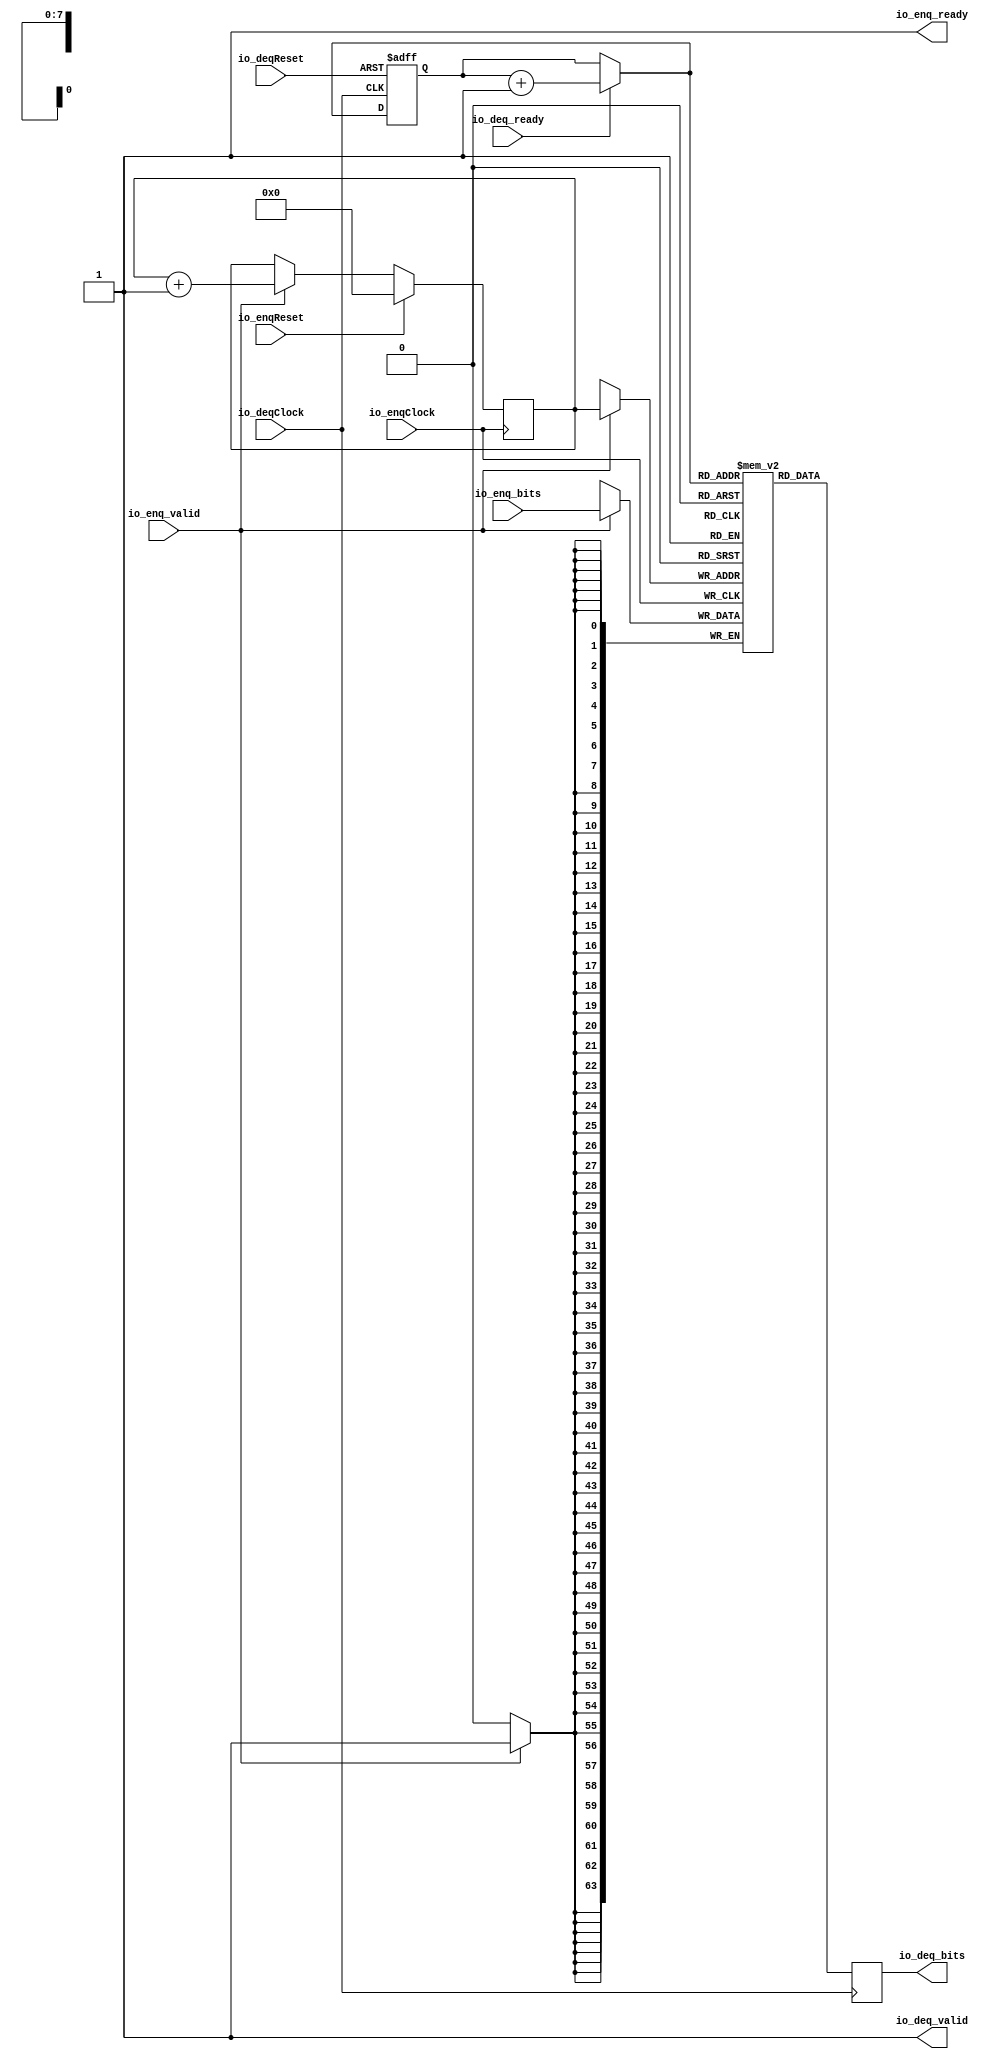
module UnsafeAsyncQueue_1(
  output        io_enq_ready,
  input         io_enq_valid,
  input  [63:0] io_enq_bits,
  input         io_deq_ready,
  output        io_deq_valid,
  output [63:0] io_deq_bits,
  input         io_enqClock,
  input         io_deqClock,
  input         io_enqReset,
  input         io_deqReset
);
`ifdef RANDOMIZE_REG_INIT
  reg [63:0] _RAND_0;
`endif // RANDOMIZE_REG_INIT
  reg [63:0] mem [0:255]; // @[UnsafeAsyncQueue.scala 17:24]
  wire  mem_io_deq_bits_MPORT_en; // @[UnsafeAsyncQueue.scala 17:{24,24} 27:{28,28}]
  wire [7:0] mem_io_deq_bits_MPORT_addr; // @[UnsafeAsyncQueue.scala 17:24 27:32]
  reg [63:0] mem_io_deq_bits_MPORT_data; // @[UnsafeAsyncQueue.scala 17:24]
  wire [63:0] mem_MPORT_data; // @[UnsafeAsyncQueue.scala 17:24 21:23]
  wire [7:0] mem_MPORT_addr; // @[UnsafeAsyncQueue.scala 17:24 21:23]
  wire  mem_MPORT_mask; // @[UnsafeAsyncQueue.scala 17:24 21:23]
  wire  mem_MPORT_en; // @[UnsafeAsyncQueue.scala 17:24 Decoupled.scala 51:35]
  wire  _ptr_T = io_enq_ready & io_enq_valid; // @[Decoupled.scala 51:35]
  reg [7:0] ptr; // @[Counter.scala 61:40]
  wire [7:0] _ptr_wrap_value_T_1 = ptr + 8'h1; // @[Counter.scala 77:24]
  wire  _ptr_T_1 = io_deq_ready & io_deq_valid; // @[Decoupled.scala 51:35]
  reg [7:0] ptr_1; // @[Counter.scala 61:40]
  wire [7:0] _ptr_wrap_value_T_3 = ptr_1 + 8'h1; // @[Counter.scala 77:24]
  assign mem_io_deq_bits_MPORT_en = 1'h1; // @[UnsafeAsyncQueue.scala 17:24 27:{28,28}]
  assign mem_io_deq_bits_MPORT_addr = _ptr_T_1 ? _ptr_wrap_value_T_3 : ptr_1; // @[UnsafeAsyncQueue.scala 27:32]
  assign mem_MPORT_data = io_enq_bits; // @[UnsafeAsyncQueue.scala 21:23]
  assign mem_MPORT_addr = ptr; // @[UnsafeAsyncQueue.scala 21:23]
  assign mem_MPORT_mask = 1'h1; // @[UnsafeAsyncQueue.scala 21:23]
  assign mem_MPORT_en = io_enq_ready & io_enq_valid; // @[Decoupled.scala 51:35]
  assign io_enq_ready = 1'h1; // @[UnsafeAsyncQueue.scala 22:18]
  assign io_deq_valid = 1'h1; // @[UnsafeAsyncQueue.scala 28:18]
  assign io_deq_bits = mem_io_deq_bits_MPORT_data; // @[UnsafeAsyncQueue.scala 27:17]
  always @(posedge io_deqClock) begin
    if (mem_io_deq_bits_MPORT_en) begin
      mem_io_deq_bits_MPORT_data <= mem[mem_io_deq_bits_MPORT_addr]; // @[UnsafeAsyncQueue.scala 17:24]
    end
  end
  always @(posedge io_enqClock) begin
    if (mem_MPORT_en & mem_MPORT_mask) begin
      mem[mem_MPORT_addr] <= mem_MPORT_data; // @[UnsafeAsyncQueue.scala 17:24]
    end
    if (io_enqReset) begin // @[Counter.scala 61:40]
      ptr <= 8'h0; // @[Counter.scala 61:40]
    end else if (_ptr_T) begin // @[Counter.scala 136:24]
      ptr <= _ptr_wrap_value_T_1; // @[Counter.scala 77:15]
    end
  end
  always @(posedge io_deqClock or posedge io_deqReset) begin
    if (io_deqReset) begin // @[Counter.scala 136:24]
      ptr_1 <= 8'h0; // @[Counter.scala 77:15]
    end else if (_ptr_T_1) begin // @[Counter.scala 61:40]
      ptr_1 <= _ptr_wrap_value_T_3;
    end
  end
// Register and memory initialization
`ifdef RANDOMIZE_GARBAGE_ASSIGN
`define RANDOMIZE
`endif
`ifdef RANDOMIZE_INVALID_ASSIGN
`define RANDOMIZE
`endif
`ifdef RANDOMIZE_REG_INIT
`define RANDOMIZE
`endif
`ifdef RANDOMIZE_MEM_INIT
`define RANDOMIZE
`endif
`ifndef RANDOM
`define RANDOM $random
`endif
`ifdef RANDOMIZE_MEM_INIT
  integer initvar;
`endif
`ifndef SYNTHESIS
`ifdef FIRRTL_BEFORE_INITIAL
`FIRRTL_BEFORE_INITIAL
`endif
initial begin
  `ifdef RANDOMIZE
    `ifdef INIT_RANDOM
      `INIT_RANDOM
    `endif
    `ifndef VERILATOR
      `ifdef RANDOMIZE_DELAY
        #`RANDOMIZE_DELAY begin end
      `else
        #0.002 begin end
      `endif
    `endif
`ifdef RANDOMIZE_REG_INIT
  _RAND_0 = {2{`RANDOM}};
  mem_io_deq_bits_MPORT_data = _RAND_0[63:0];
`endif // RANDOMIZE_REG_INIT
  `endif // RANDOMIZE
end // initial
`ifdef FIRRTL_AFTER_INITIAL
`FIRRTL_AFTER_INITIAL
`endif
`endif // SYNTHESIS
endmodule